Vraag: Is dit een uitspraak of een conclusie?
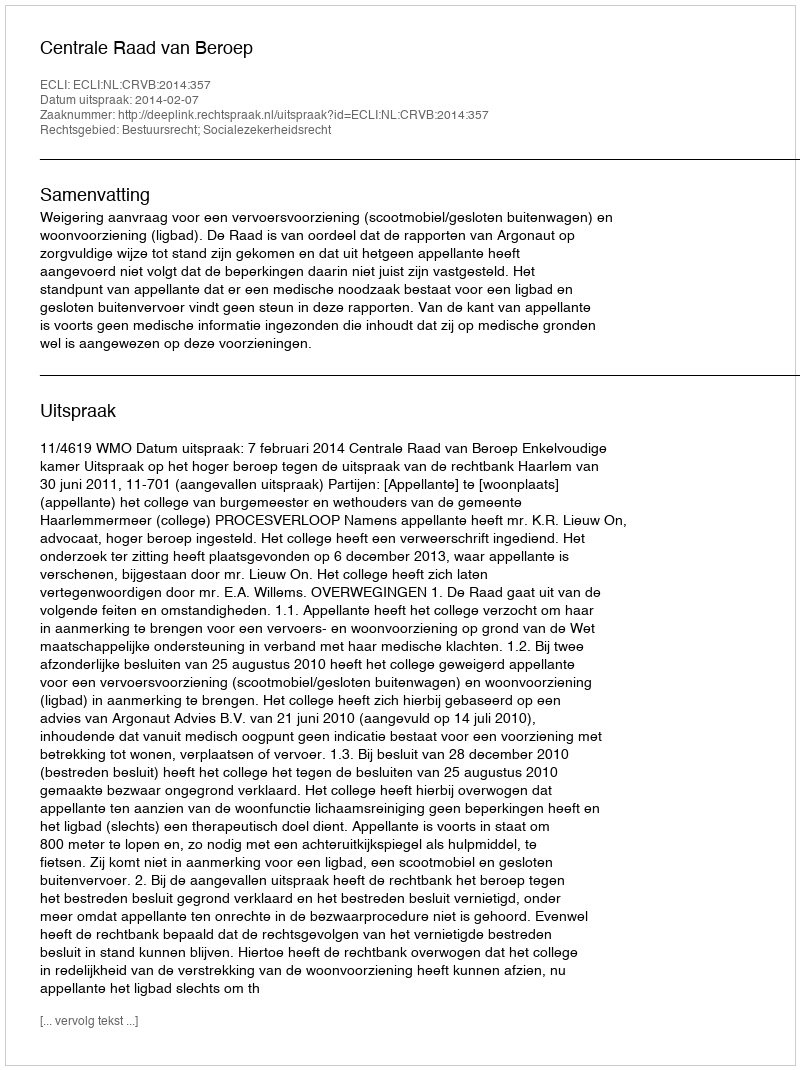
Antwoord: Uitspraak